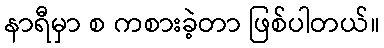
နာရီမှာ စ ကစားခဲ့တာ ဖြစ်ပါတယ်။